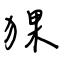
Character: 猓